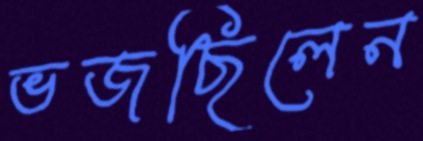
ভজছিলেন